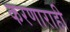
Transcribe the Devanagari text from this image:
करणाराही